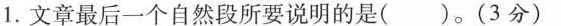
1.文章最后一个自然段所要说明的是( )。(3分)